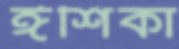
ঈশিকা